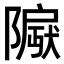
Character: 𬯛